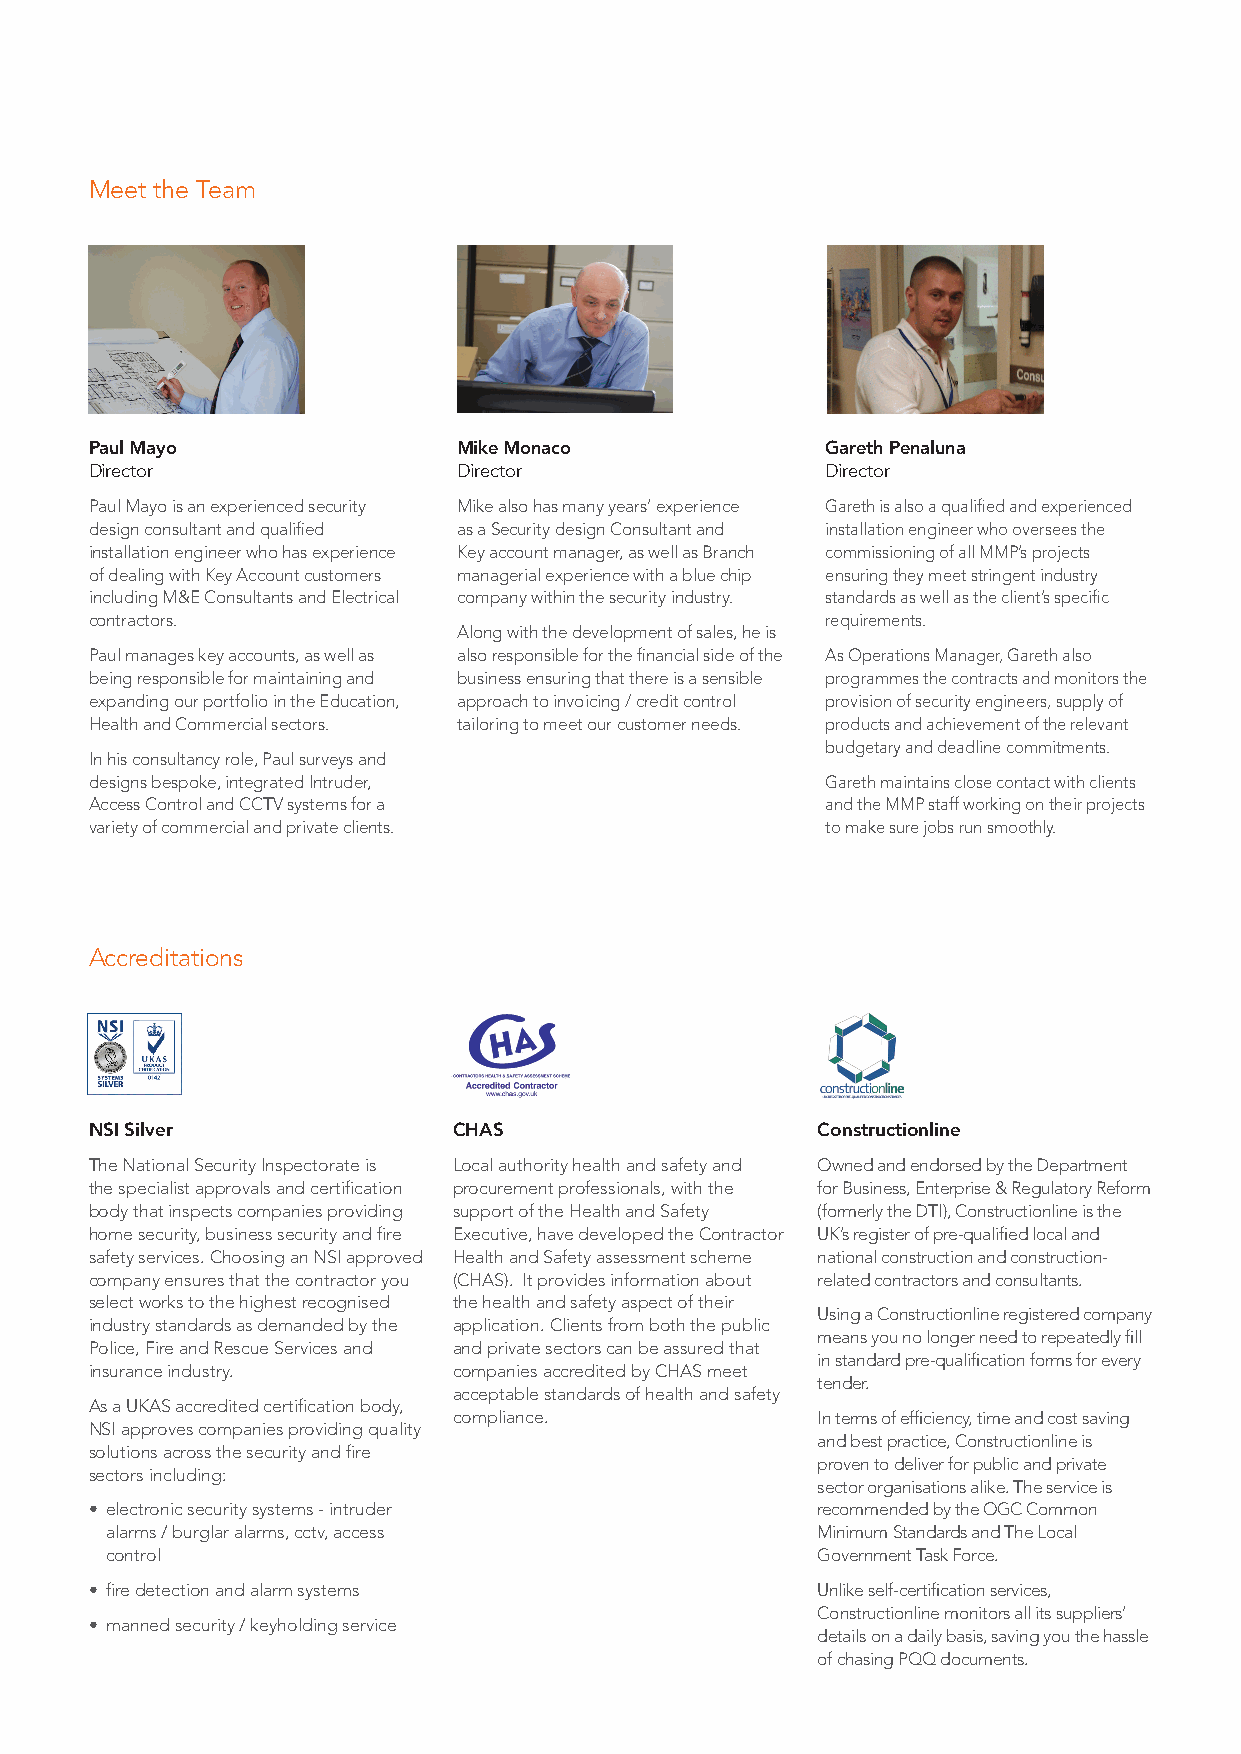
Meet the Team
 Paul Mayo               Mike Monaco              Gareth Penaluna
 Director                Director                 Director
 Paul Mayo is an experienced security Mike also has many years’ experience Gareth is also a qualified and experienced
 design consultant and qualified as a Security design Consultant and installation engineer who oversees the
 installation engineer who has experience Key account manager, as well as Branch commissioning of all MMP’s projects
 of dealing with Key Account customers managerial experience with a blue chip ensuring they meet stringent industry
 including M&E Consultants and Electrical company within the security industry. standards as well as the client’s specific
 contractors.                                     requirements.
 Along with the development of sales, he is
 Paul manages key accounts, as well as also responsible for the financial side of the As Operations Manager, Gareth also
 being responsible for maintaining and business ensuring that there is a sensible programmes the contracts and monitors the
 expanding our portfolio in the Education, approach to invoicing / credit control provision of security engineers, supply of
 Health and Commercial sectors. tailoring to meet our customer needs. products and achievement of the relevant
 budgetary and deadline commitments.
 In his consultancy role, Paul surveys and
 designs bespoke, integrated Intruder,            Gareth maintains close contact with clients
 Access Control and CCTV systems for a            and the MMP staff working on their projects
 variety of commercial and private clients.       to make sure jobs run smoothly.
 Accreditations
 NSI Silver              CHAS                    Constructionline
 The National Security Inspectorate is Local authority health and safety and Owned and endorsed by the Department
 the specialist approvals and certification procurement professionals, with the for Business, Enterprise & Regulatory Reform
 body that inspects companies providing support of the Health and Safety (formerly the DTI), Constructionline is the
 home security, business security and fire Executive, have developed the Contractor UK’s register of pre-qualified local and
 safety services. Choosing an NSI approved Health and Safety assessment scheme national construction and construction-
 company ensures that the contractor you (CHAS). It provides information about related contractors and consultants.
 select works to the highest recognised the health and safety aspect of their
 Using a Constructionline registered company
 industry standards as demanded by the application. Clients from both the public
 means you no longer need to repeatedly fill
 Police, Fire and Rescue Services and and private sectors can be assured that
 in standard pre-qualification forms for every
 insurance industry.     companies accredited by CHAS meet
 tender.
 acceptable standards of health and safety
 As a UKAS accredited certification body,
 compliance.             In terms of efficiency, time and cost saving
 NSI approves companies providing quality
 and best practice, Constructionline is
 solutions across the security and fire
 proven to deliver for public and private
 sectors including:
 sector organisations alike. The service is
 • electronic security systems - intruder        recommended by the OGC Common
 alarms / burglar alarms, cctv, access          Minimum Standards and The Local
 control                                        Government Task Force.
 • fire detection and alarm systems              Unlike self-certification services,
 Constructionline monitors all its suppliers’
 • manned security / keyholding service
 details on a daily basis, saving you the hassle
 of chasing PQQ documents.